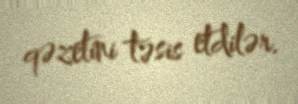
qəzetini təsis etdilər.